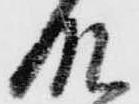
殿